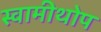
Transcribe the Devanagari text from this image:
स्वामीथोप